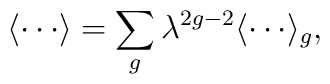
\langle \cdots \rangle = \sum_{g} \lambda^{2g-2}\langle \cdots \rangle_{g},